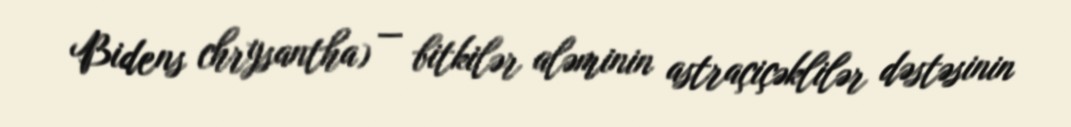
Bidens chrysantha) — bitkilər aləminin astraçiçəklilər dəstəsinin